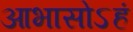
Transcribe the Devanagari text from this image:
आभासोऽहं